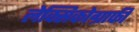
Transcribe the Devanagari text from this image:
लेक्सिकोग्राफी